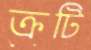
ক্রটি